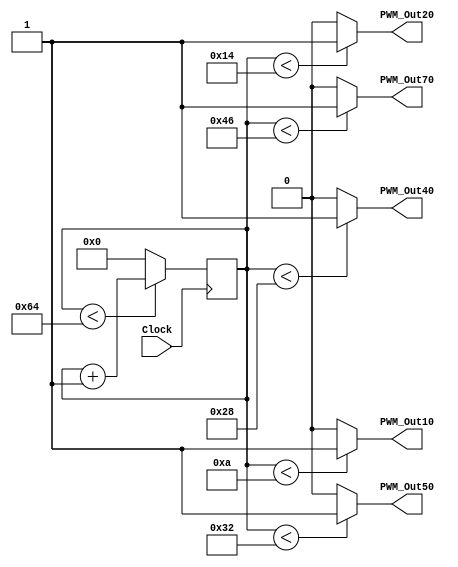
// Module Name:    PWM 

module PWM(Clock,PWM_Out10,PWM_Out20,PWM_Out40,PWM_Out50,PWM_Out70);
	input Clock;
	output PWM_Out10,PWM_Out20,PWM_Out40,PWM_Out50,PWM_Out70;
	reg [7:0] Count = 8'b0;
	always@(posedge Clock)
	begin
		if(Count < 100)
			Count <= Count + 8'b1;
		else
			Count <= 8'b0;
	end
	assign PWM_Out10 = (Count < 10) ? 1'b1 : 1'b0;
	assign PWM_Out20 = (Count < 20) ? 1'b1 : 1'b0;
	assign PWM_Out40 = (Count < 40) ? 1'b1 : 1'b0;
	assign PWM_Out50 = (Count < 50) ? 1'b1 : 1'b0;
	assign PWM_Out70 = (Count < 70) ? 1'b1 : 1'b0;
endmodule